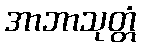
အာဘာသုတ္တံ